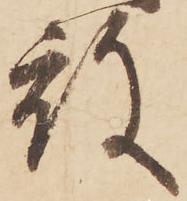
殿